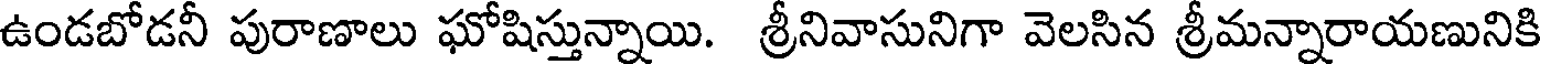
ఉండబోడనీ పురాణాలు ఘోషిస్తున్నాయి. శ్రీనివాసునిగా వెలసిన శ్రీమన్నారాయణునికి